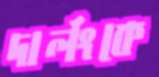
দার্লংকে